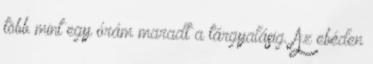
több mint egy órám maradt a tárgyalásig. Az ebéden